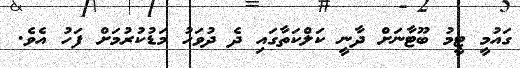
ގައުމީ ޓީމު ބޫޓާނަށް ދާނީ ކަލްކަތާގައި ދެ ދުވަހު މަޑުކުރުމަށް ފަހު އެވެ.